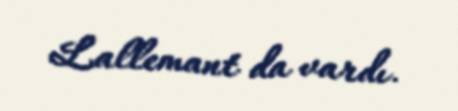
Lallemant da vardı.